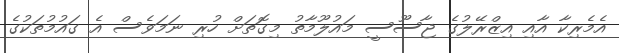
އެމެރިކާ އާއި އިޒްރޭލުގެ ޖާސޫސީ މައުލޫމާތު މިގޮތަށް ހުރި ނަމަވެސް އެ ގައުމުތަކުގެ